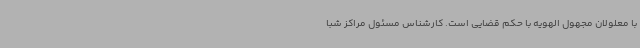
با معلولان مجهول الهویه با حکم قضایی است. کارشناس مسئول مراکز شبا